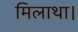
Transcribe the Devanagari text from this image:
मिलाथा।